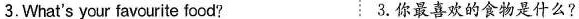
3.What's your favourite food? 3.你最喜欢的食物是什么?